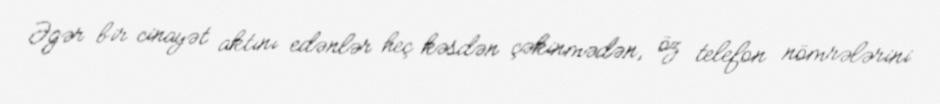
Əgər bir cinayət aktını edənlər heç kəsdən çəkinmədən, öz telefon nömrələrini